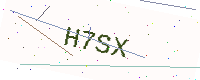
Text: H7SX